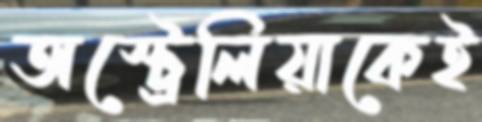
অস্ট্রেলিয়াকেই